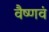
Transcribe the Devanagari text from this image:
वैष्णवं